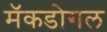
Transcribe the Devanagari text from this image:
मॅकडोगल